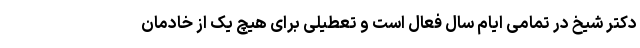
دکتر شیخ در تمامی ایام سال فعال است و تعطیلی برای هیچ یک از خادمان